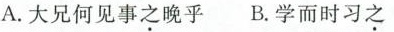
A.大兄何见事之晚乎 B.学而时习之